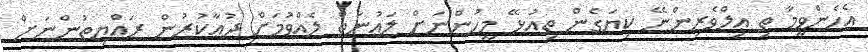
އެހެންވީމާ ތި ޢިލްވެރިންނޭ ކިޔަގެން ތިއުޅޭ މީހުންނަށް ލަޢުނަތް ލެއްވުމަށް ދުޢާކުރުން ރައްޔިތުންނަށް